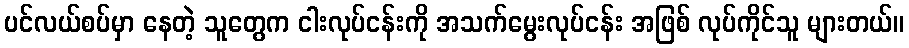
ပင်လယ်စပ်မှာ နေတဲ့ သူတွေက ငါးလုပ်ငန်းကို အသက်မွေးလုပ်ငန်း အဖြစ် လုပ်ကိုင်သူ များတယ်။